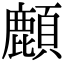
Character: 𩔴